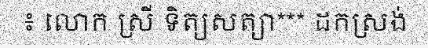
៖ លោក ស្រី ទិត្យសត្យា*** ដកស្រង់